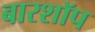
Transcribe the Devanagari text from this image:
बारशॉप